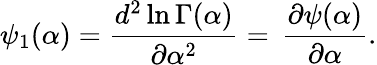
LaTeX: \psi_{1}(\alpha)={\frac{d^{2}\ln\Gamma(\alpha)}{\partial\alpha^{2}}}=\, {\frac{\partial\psi(\alpha)}{\partial\alpha}}.